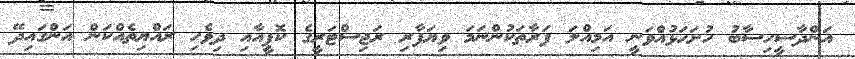
އަންދާސީހިސާބު ހުށަހަޅުއްވަނީ އަމިއްލަ ފަރާތަކުންނަމަ ވިޔަފާރި ރަޖިސްޓަރީގެ ކޮޕީއާއި ދިވެހި ރައްޔިތެއްކަން އަންގައިދޭ